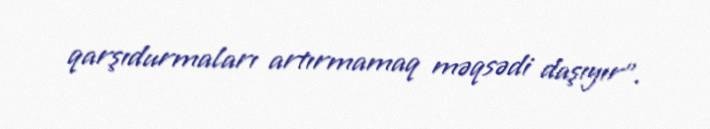
qarşıdurmaları artırmamaq məqsədi daşıyır”.